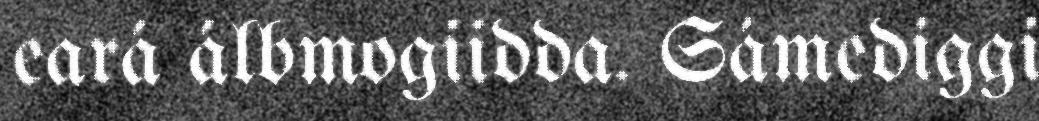
eará álbmogiidda. Sámediggi